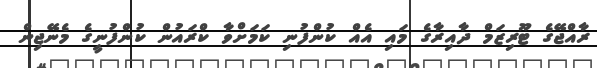
ރާއްޖޭގެ ޓޫރިޒަމް ދާއިރާގެ މައި އެއް ކުންފުނި ކަމަށްވާ ކްރައުން ކުންފުނީގެ މެނޭޖިން